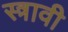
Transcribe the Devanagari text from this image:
स्त्रावी